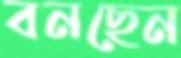
বনছেন